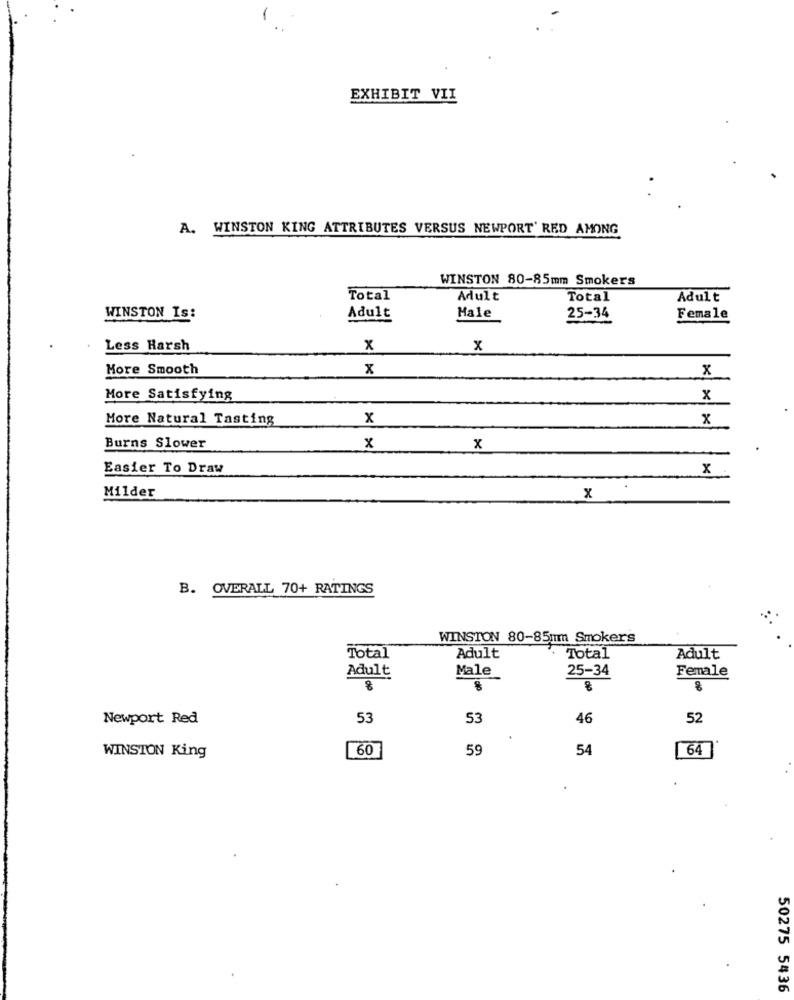
1
EXHIBIT VII
A. WINSTON KING ATTRIBUTES VERSUS NEWPORT' RED AMONG
WINSTON 80-85mm Smokers
Total
Adult
Total
Adult
WINSTON Is:
Adult
Male
25-34
Female
Less Harsh
x
x
Hore Smooth
x
x
More Satisfying
x
More Natural Tasting
x
x
Burns Slower
x
x
Easier To Draw
x
Milder
x
B. OVERALL 70+ RATINGS
WINSTON 80-85nım Smokers
Total
Adult
Total
Adult
Male
25-34
Female
Adult
8
Newport Red
53
53
46
52
60
59
54
64
WINSTON King
50275 5436